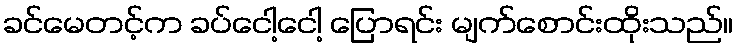
ခင်မေတင့်က ခပ်ငေါ့ငေါ့ ပြောရင်း မျက်စောင်းထိုးသည်။